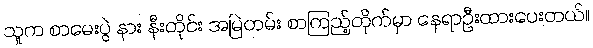
သူက စာမေးပွဲ နား နီးတိုင်း အမြဲတမ်း စာကြည့်တိုက်မှာ နေရာဦးထားပေးတယ်။